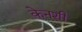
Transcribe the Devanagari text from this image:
केनशी